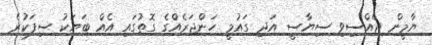
ޔާމީން ޖެއްސިވި ސިޔާސީ އަދި ގައުމީ ހަންޖަރެއްގެ ގޮތުގައި އެއް ބަޔަކު ސިފަކުރެ